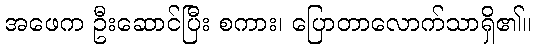
အဖေက ဦးဆောင်ပြီး စကား၊ ပြောတာလောက်သာရှိ၏။